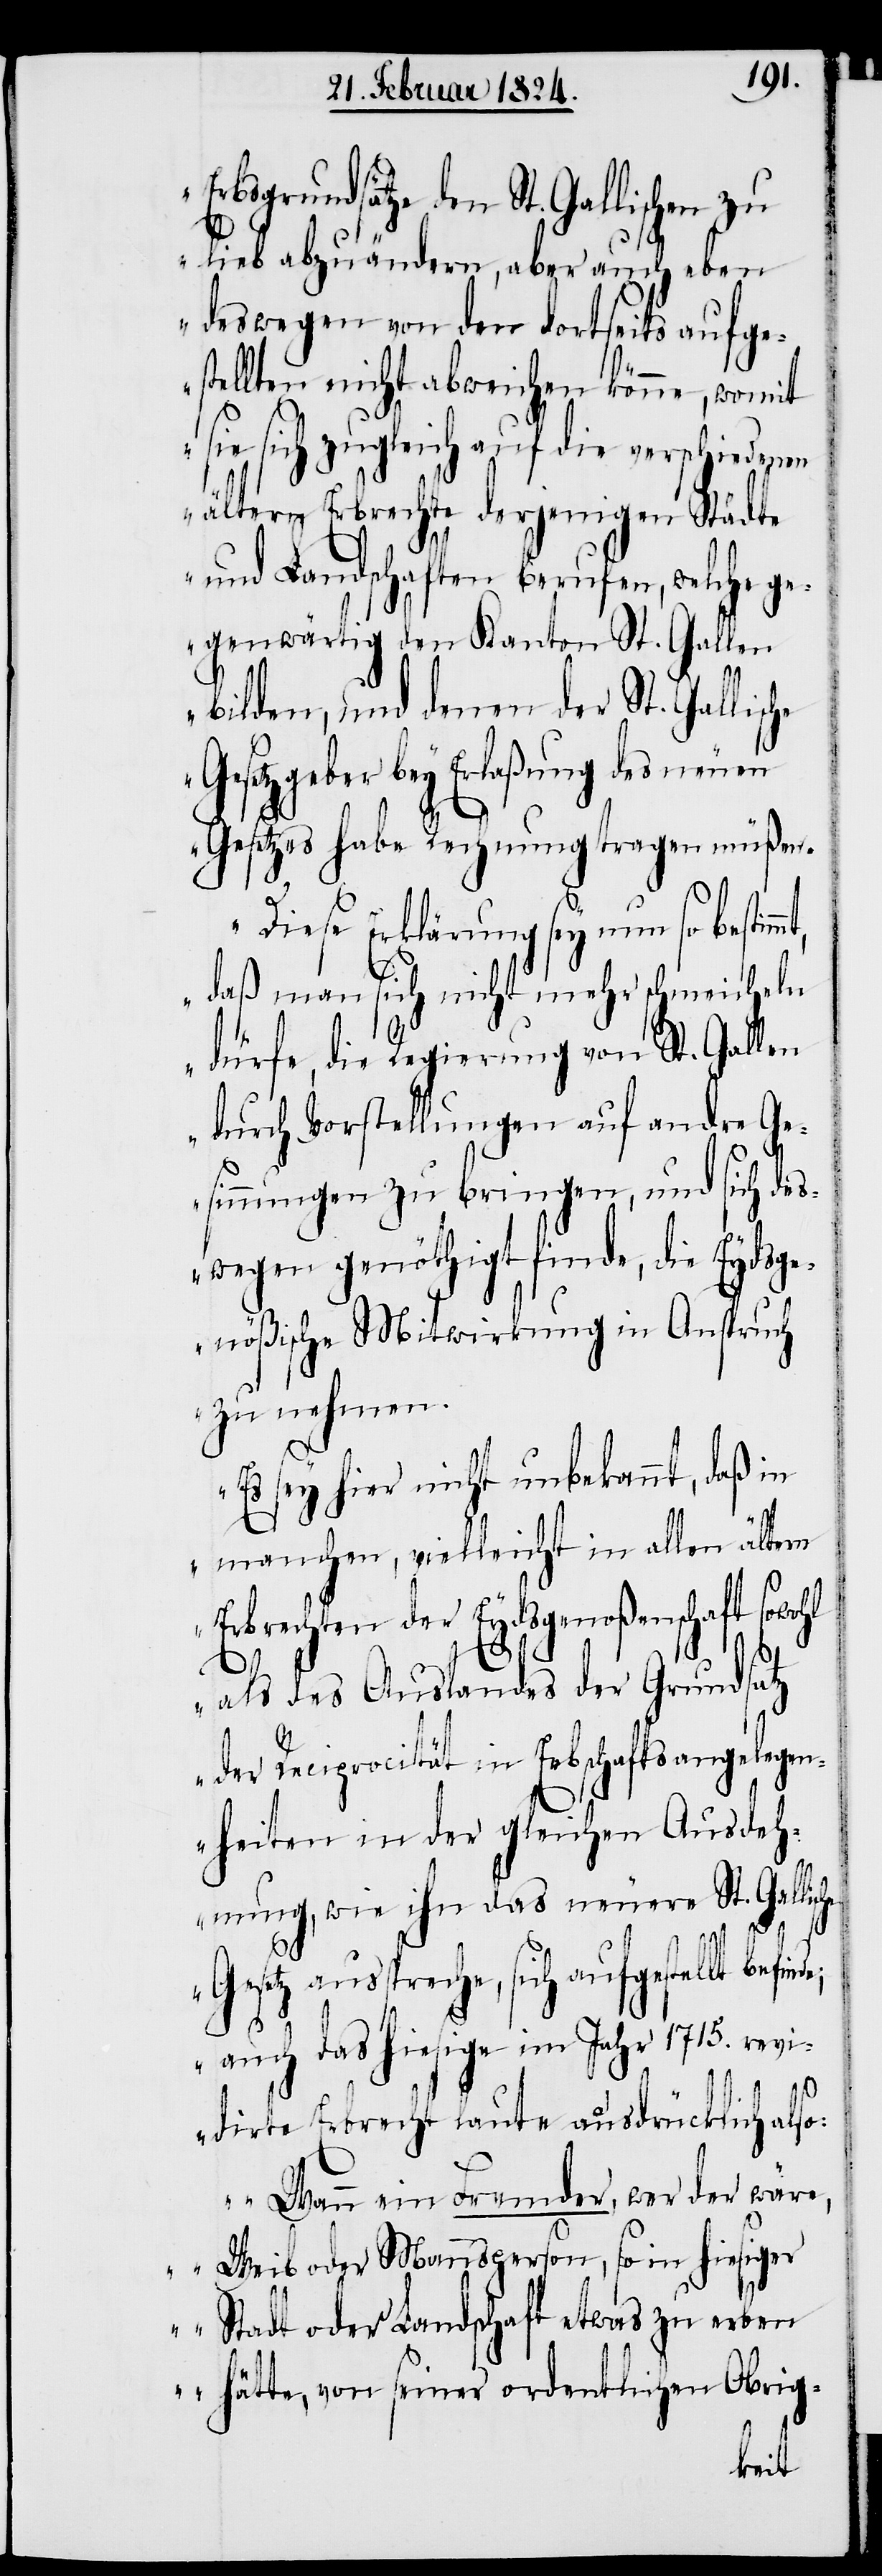
bsgrundsätze den St. Gallischen zu
lieb abzuändern, aber auch eben
deswegen von den dortseits aufge¬
stellten nicht abweichen könne, womit
sie sich zugleich auf die verschiedenen
ältern Erbrechte derjenigen Städte
und Landschaften berufen, welche ge¬
genwärtig den Kanton St. Gallen
bilden, und denen der St. Gallische
Gesetzgeber bey Erlaßung des neuen
Gesetzes habe Rechnung tragen müßen.
Diese Erklärung sey nun so bestim¬
daß man sich nicht mehr schmeicheln
dürfe die Regierung von St. Gallen
durch Vorstellungen auf andre Ge¬
sinnungen zu bringen, und sich des¬
wegen genöthigt finde, die Eydsge¬
mt,
nößische Mitwirkung in Anspruch
zu nehmen.
Es sey hier nicht unbekannt, daß in
manchen, vielleicht in allen ältern
Erbrechten der Eydsgenoßenschaft
als des Auslandes der Grundsatz
der Reciprocität in Erbschaftsangelegen¬
heiten in der gleichen Ausdeh¬
nung, wie ihn das neuere St. Gallis¬
G¬
esetz ausspreche, sich aufgestellt
auch das hiesige im Jahr 1715. revi¬
dirte Erbrecht laute ausdrücklich also:
„Wann ein Fremder, wer der wär¬
e, Weib oder Mannsperson, so in hiesige¬
r Stadt oder Landschaft etwas zu erben
hätte, von seiner ordentlichen Obrig-